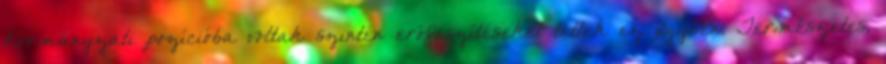
kormányzati pozícióba voltak szintén erőfeszítéseket tettek ez ügyben. Természetes,